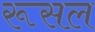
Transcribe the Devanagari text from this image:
रूसल